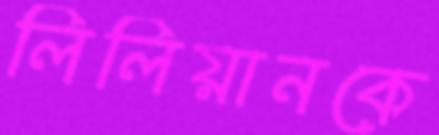
লিলিয়ানকে